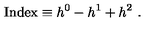
\mathrm { I n d e x } \equiv h ^ { 0 } - h ^ { 1 } + h ^ { 2 } \ .